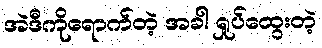
အဲဒီကိုရောက်တဲ့ အခါ ရှုပ်ထွေးတဲ့